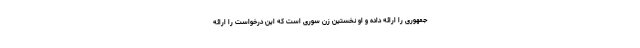
جمهوری را ارائه داده و او نخستین زن سوری است که این درخواست را ارائه